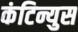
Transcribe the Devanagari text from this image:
कंटिन्युस